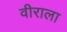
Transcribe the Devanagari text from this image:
वीराला